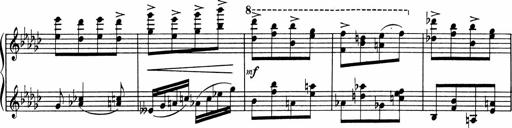
Title: Sonatine pour piano
Composer: Albert Roussel